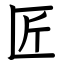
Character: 匠